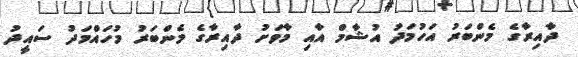
ދާއިރާގެ މެންބަރު އަހުމަދު އުޝާމް އާއި މާވަށު ދާއިރާގެ މެންބަރު މުހައްމަދު ސައީދު